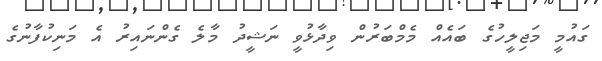
ގައުމީ މަޖިލީހުގެ ބައެއް މެމްބަރުން ވިދާޅުވީ ނަޝީދު މާލެ ގެންނައިރު އެ މަނިކުފާނުގެ